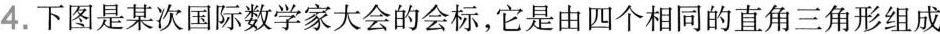
4.下图是某次国际数学家大会的会标，它是由四个相同的直角三角形组成